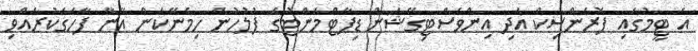
އެ ޓީމުގައި ފޮރެންސިކް އަދި އިންވެސްޓިގޭޝަން ޑިޕާޓްމަންޓުގެ ފުލުހުން ހިމެނޭކަން އޭނާ ފާހަގަކުރެއްވި